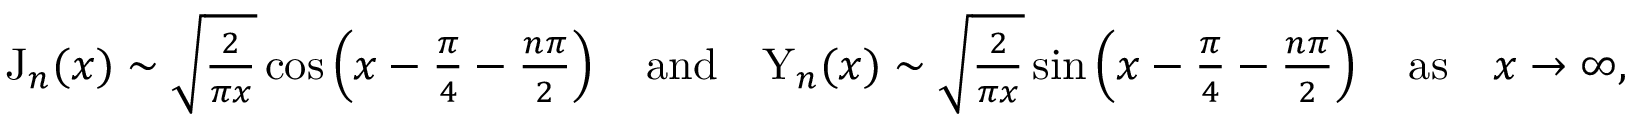
\begin{array} { r } { \mathrm { J } _ { n } ( x ) \sim \sqrt { \frac { 2 } { \pi x } } \cos \left( x - \frac { \pi } { 4 } - \frac { n \pi } { 2 } \right) \quad \mathrm { a n d } \quad \mathrm { Y } _ { n } ( x ) \sim \sqrt { \frac { 2 } { \pi x } } \sin \left( x - \frac { \pi } { 4 } - \frac { n \pi } { 2 } \right) \quad \mathrm { a s } \quad x \rightarrow \infty , } \end{array}